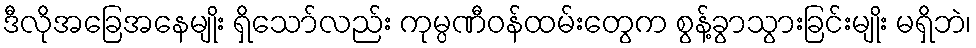
ဒီလိုအခြေအနေမျိုး ရှိသော်လည်း ကုမ္ပဏီဝန်ထမ်းတွေက စွန့်ခွာသွားခြင်းမျိုး မရှိဘဲ၊